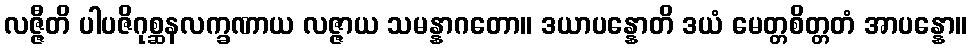
လဇ္ဇီတိ ပါပဇိဂုစ္ဆနလက္ခဏာယ လဇ္ဇာယ သမန္နာဂတော။ ဒယာပန္နောတိ ဒယံ မေတ္တစိတ္တတံ အာပန္နော။